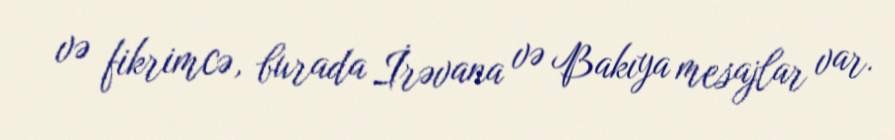
və fikrimcə, burada İrəvana və Bakıya mesajlar var.